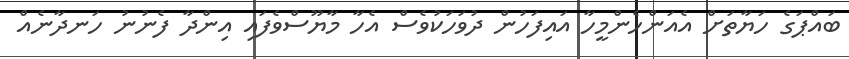
ބައްޕަގެ ހަޔާތަށް އެއަންހެންމީހާ އައިފަހުން ދުވަހަކުވެސް އެހާ މާޔޫސްވެފައި އިންދާ ފެނުނު ހަނދާނެއް